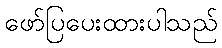
ဖော်ပြပေးထားပါသည်